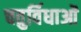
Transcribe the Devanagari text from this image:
चतुर्विधाओं